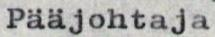
Pääjohtaja